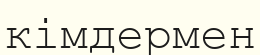
кімдермен